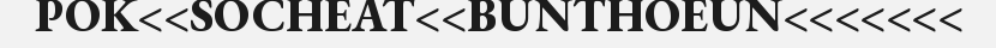
POK<<SOCHEAT<<BUNTHOEUN<<<<<<<